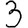
Digit: 3